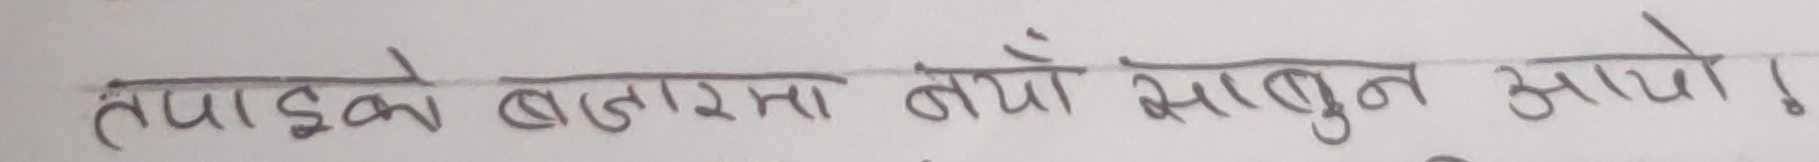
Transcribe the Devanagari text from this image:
तपाईको बजारमा नयाँ साबुन आयो!